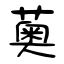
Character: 薁